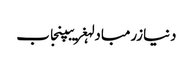
دنیازرمبادلہغریبپنجاب